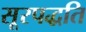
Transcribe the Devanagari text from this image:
सूरपद्धति